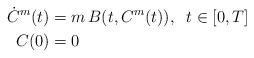
LaTeX: \begin{align*}\dot{C}^m(t) &= m \, B(t,C^m(t)),\;\; t\in [0,T]\\ C(0) &=0 \end{align*}